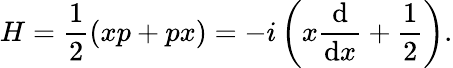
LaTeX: H={\frac{1}{2}}(xp+px)=-i\left(x{\frac{\mathrm{d}}{\mathrm{d}x}}+{\frac{1}{2}}\right).